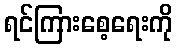
ရင်ကြားစေ့ရေးကို